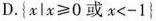
D.$${ x l x ≥ 0 或 x < - 1 }$$